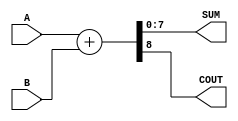
module ParameterizedAdder #(
    parameter WIDTH = 8  // Default width is set to 8 bits
)(
    input  [WIDTH-1:0] A,   // First operand
    input  [WIDTH-1:0] B,   // Second operand
    output [WIDTH-1:0] SUM,  // Sum output
    output COUT              // Carry-out (optional)
);

// Internal carry signal for calculation
wire [WIDTH:0] full_sum;

// Calculate sum and carry-out
assign full_sum = {1'b0, A} + {1'b0, B}; // Extend operands to WIDTH+1 for carry
assign SUM = full_sum[WIDTH-1:0];        // Assign the lower WIDTH bits to SUM
assign COUT = full_sum[WIDTH];            // Assign the carry-out

endmodule